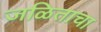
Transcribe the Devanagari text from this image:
जळिताचा